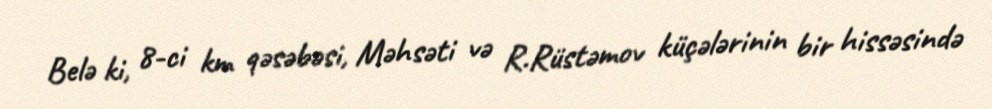
Belə ki, 8-ci km qəsəbəsi, Məhsəti və R.Rüstəmov küçələrinin bir hissəsində